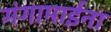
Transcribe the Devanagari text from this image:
गंगामाईना